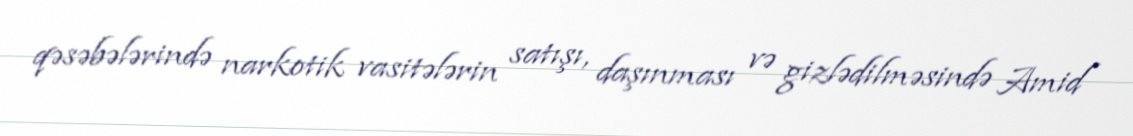
qəsəbələrində narkotik vasitələrin satışı, daşınması və gizlədilməsində Amid